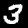
Label: 3